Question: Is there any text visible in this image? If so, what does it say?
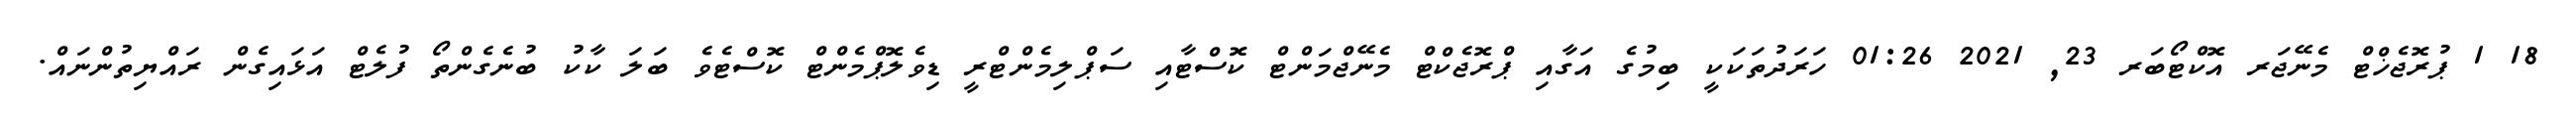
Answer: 18 1 ޕުރޮޖެޚްޓް މެނޭޖަރ އޮކްޓޯބަރ 23, 2021 01:26 ހަރަދުތަކަކީ ބިމުގެ އަގާއި ޕްރޮޖެކްޓް މެނޭޖްމަންޓް ކޮސްޓާއި ސަޕްލިމެންޓްރީ ޑިވެލޮޕްމެންޓް ކޮސްޓެވެ ބަލަ ކާކު ބުނެގެންތޯ ފުލެޓް އަޅައިގެން ރައްޔިތުންނައް.